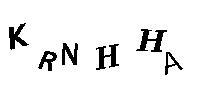
KRNHHA